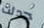
حدثت